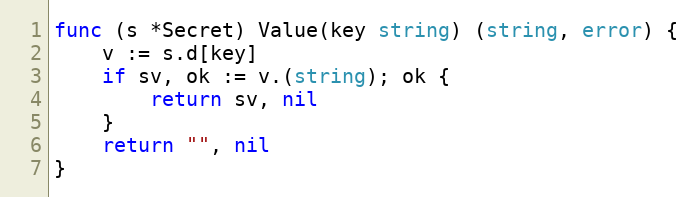
Language: Go
func (s *Secret) Value(key string) (string, error) {
	v := s.d[key]
	if sv, ok := v.(string); ok {
		return sv, nil
	}
	return "", nil
}